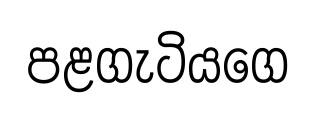
පළගැටියගෙ